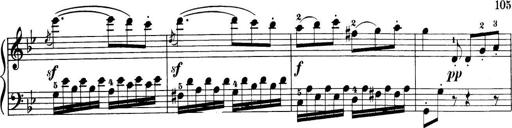
Title: 32 Sonatinas and Rondos for the Piano
Composer: Richard Kleinmichel